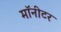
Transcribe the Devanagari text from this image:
माॅनीटर